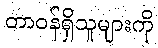
တာဝန်ရှိသူများကို